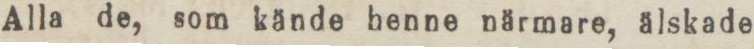
Alla de, som kände henne närmare, älskade